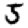
Digit: 5